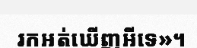
រកអត់ឃើញអីទេ»។